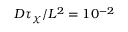
D \tau _ { \chi } / L ^ { 2 } = 1 0 ^ { - 2 }